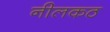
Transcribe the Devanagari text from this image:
नीलकठ